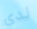
لدي